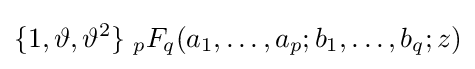
\{1,\vartheta ,\vartheta ^{2}\}\;{}_{p}F_{q}(a_{1},\dots ,a_{p};b_{1},\dots ,b_{q};z)